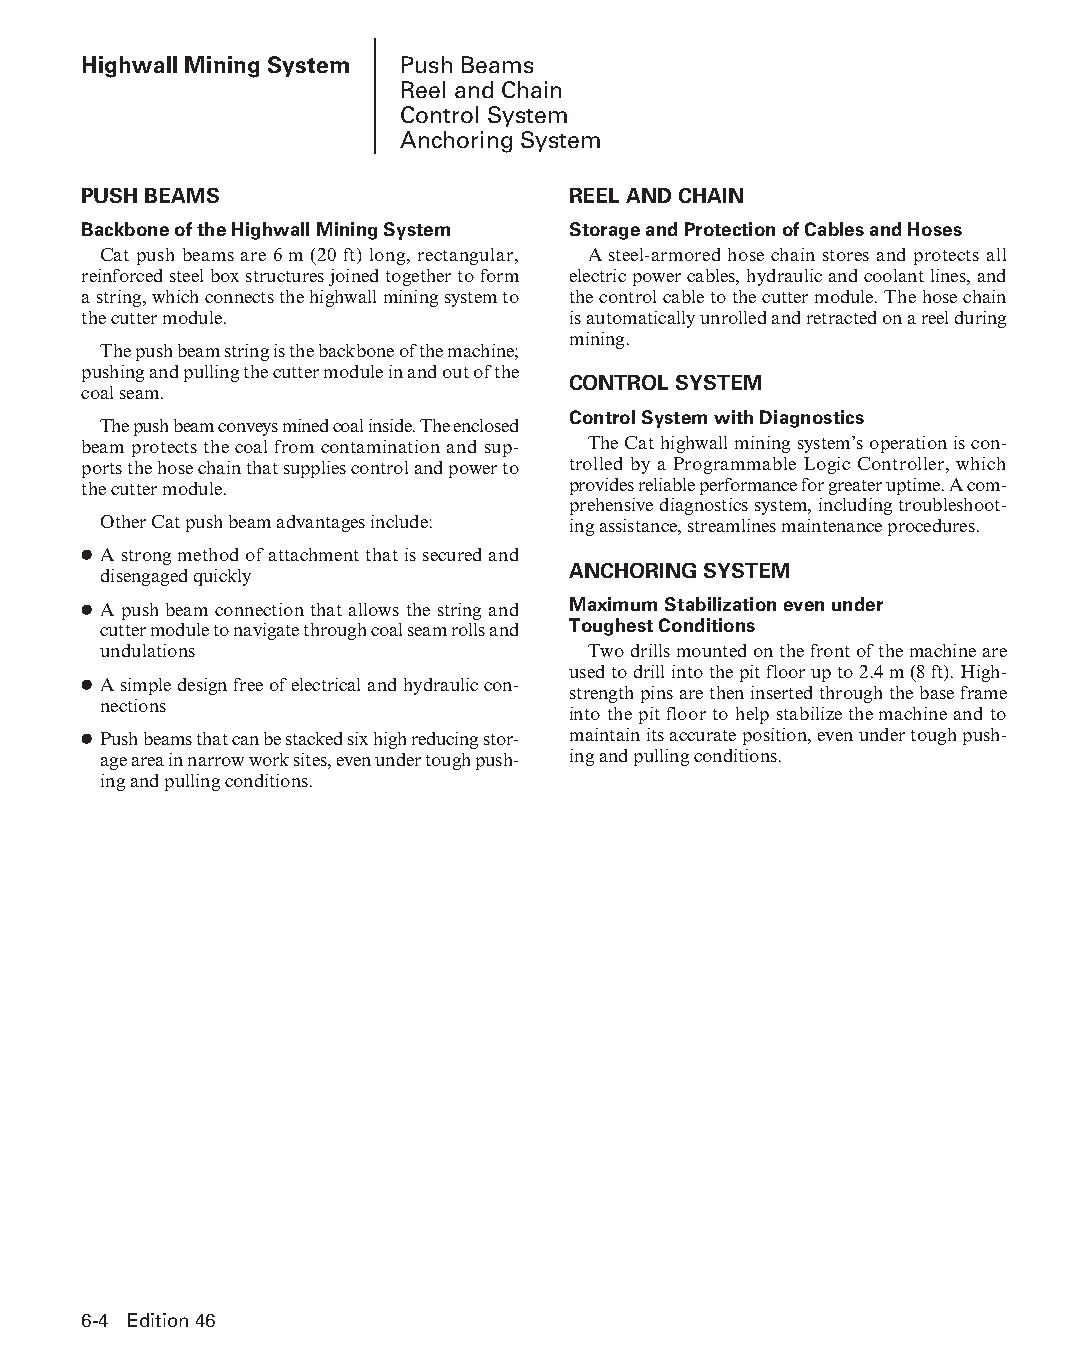
Highwall Mining System Push Beams
 Reel and Chain
 Control System
 Anchoring System
 PUSH BEAMS                      REEL AND CHAIN
 Backbone of the Highwall Mining System Storage and Protection of Cables and Hoses
 Cat push beams are 6 m (20 ft) long, rectangular, A steel-armored hose chain stores and protects all
 reinforced steel box structures joined together to form electric power cables, hydraulic and coolant lines, and
 a string, which connects the highwall mining system to the control cable to the cutter module. The hose chain
 the cutter module.              is automatically unrolled and retracted on a reel during
 mining.
 The push beam string is the backbone of the machine;
 pushing and pulling the cutter module in and out of the
 CONTROL SYSTEM
 coal seam.
 Control System with Diagnostics
 The push beam conveys mined coal inside. The enclosed
 beam protects the coal from contamination and sup- The Cat highwall mining system’s operation is con-
 ports the hose chain that supplies control and power to trolled by a Programmable Logic Controller, which
 the cutter module.              provides reliable performance for greater uptime. A com-
 prehensive diagnostics system, including troubleshoot-
 Other Cat push beam advantages include: ing assistance, streamlines maintenance procedures.
 ● A strong method of attachment that is secured and
 ANCHORING SYSTEM
 disengaged quickly
 ● A push beam connection that allows the string and Maximum Stabilization even under
 cutter module to navigate through coal seam rolls and Toughest Conditions
 undulations                     Two drills mounted on the front of the machine are
 used to drill into the pit floor up to 2.4 m (8 ft). High-
 ● A simple design free of electrical and hydraulic con-
 strength pins are then inserted through the base frame
 nections
 into the pit floor to help stabilize the machine and to
 ● Push beams that can be stacked six high reducing stor- maintain its accurate position, even under tough push-
 age area in narrow work sites, even under tough push- ing and pulling conditions.
 ing and pulling conditions.
 6-4 Edition 46
 PPHHBB--SSeecc0066--1166..iinndddd 44                          1122//44//1155 1100::3333 AAMM